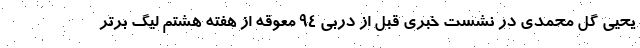
یحیی گل محمدی در نشست خبری قبل از دربی ۹۴ معوقه از هفته هشتم لیگ برتر